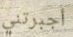
أجبرتني